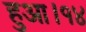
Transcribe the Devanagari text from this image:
हुआ।१४